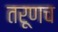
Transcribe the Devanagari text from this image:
तरूणच